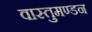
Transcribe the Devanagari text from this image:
वास्तुमण्डन